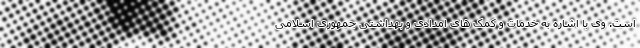
است. وی با اشاره به خدمات و کمک های امدادی و بهداشتی جمهوری اسلامی